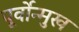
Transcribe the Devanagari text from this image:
पूर्वोन्मुख